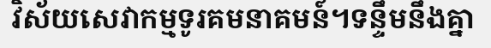
វិស័យសេវាកម្មទូរគមនាគមន៍។ទន្ទឹមនឹងគ្នា